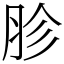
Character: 胗